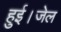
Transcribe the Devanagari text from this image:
हुई।जेल